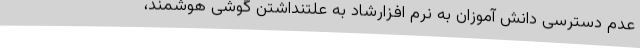
عدم دسترسی دانش آموزان به نرم افزارشاد به علتنداشتن گوشی هوشمند،